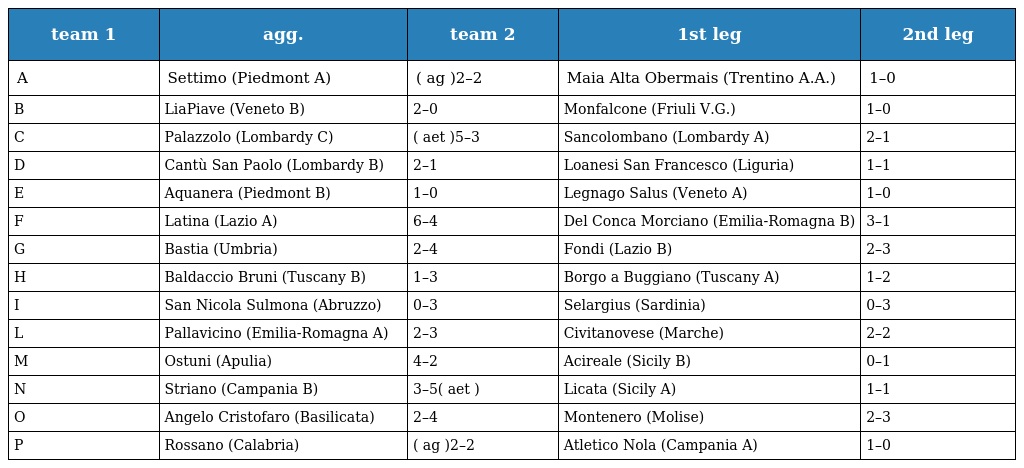
| team 1 | agg. | team 2 | 1st leg | 2nd leg |
 | --- | --- | --- | --- | --- |
 | A | Settimo (Piedmont A) | ( ag )2–2 | Maia Alta Obermais (Trentino A.A.) | 1–0 |
 | B | LiaPiave (Veneto B) | 2–0 | Monfalcone (Friuli V.G.) | 1–0 |
 | C | Palazzolo (Lombardy C) | ( aet )5–3 | Sancolombano (Lombardy A) | 2–1 |
 | D | Cantù San Paolo (Lombardy B) | 2–1 | Loanesi San Francesco (Liguria) | 1–1 |
 | E | Aquanera (Piedmont B) | 1–0 | Legnago Salus (Veneto A) | 1–0 |
 | F | Latina (Lazio A) | 6–4 | Del Conca Morciano (Emilia-Romagna B) | 3–1 |
 | G | Bastia (Umbria) | 2–4 | Fondi (Lazio B) | 2–3 |
 | H | Baldaccio Bruni (Tuscany B) | 1–3 | Borgo a Buggiano (Tuscany A) | 1–2 |
 | I | San Nicola Sulmona (Abruzzo) | 0–3 | Selargius (Sardinia) | 0–3 |
 | L | Pallavicino (Emilia-Romagna A) | 2–3 | Civitanovese (Marche) | 2–2 |
 | M | Ostuni (Apulia) | 4–2 | Acireale (Sicily B) | 0–1 |
 | N | Striano (Campania B) | 3–5( aet ) | Licata (Sicily A) | 1–1 |
 | O | Angelo Cristofaro (Basilicata) | 2–4 | Montenero (Molise) | 2–3 |
 | P | Rossano (Calabria) | ( ag )2–2 | Atletico Nola (Campania A) | 1–0 |